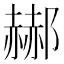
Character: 𲆟